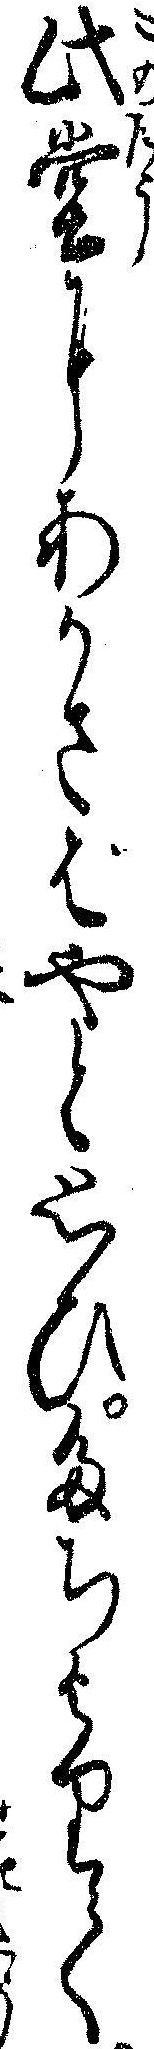
此堂にあかさばやと思ひたちよりて